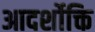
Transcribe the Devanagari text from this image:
आदर्शोक्ति